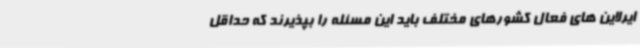
ایرلاین های فعال کشورهای مختلف باید این مسئله را بپذیرند که حداقل